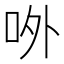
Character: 𠰻